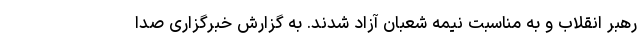
رهبر انقلاب و به مناسبت نیمه شعبان آزاد شدند. به گزارش خبرگزاری صدا